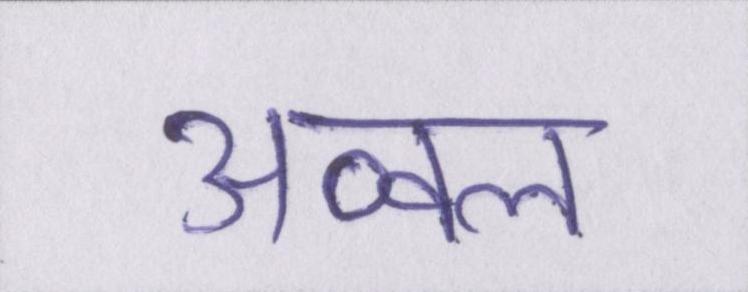
अव्वल